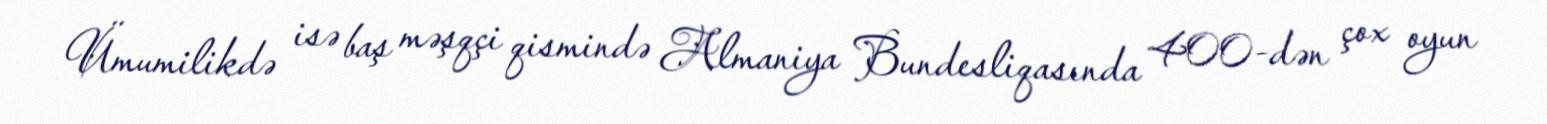
Ümumilikdə isə baş məşqçi qismində Almaniya Bundesliqasında 400-dən çox oyun